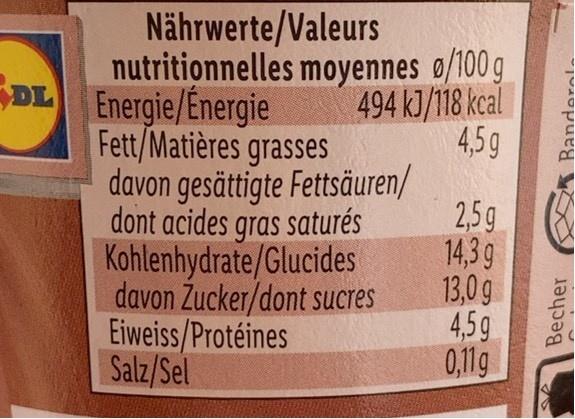
Nährwerte/Valeurs
DL Energie/Energie Fett/Matières grasses
nutritionnelles moyennes o/100 g 494 kJ/118 kcal 4,5g davon gesättigte Fettsäuren/
2.59 8
2,5g
dont acides gras saturés Kohlenhydrate/Glucides davon Zucker/dont sucres Eiweiss/Protéines Salz/Sel
14,3 g 13,0g 4,5g 0,11g
Becher
Banderel